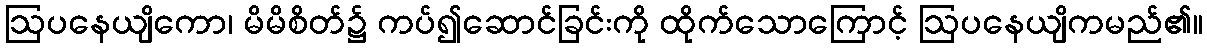
ဩပနေယျိကော၊ မိမိစိတ်၌ ကပ်၍ဆောင်ခြင်းကို ထိုက်သောကြောင့် ဩပနေယျိကမည်၏။